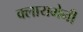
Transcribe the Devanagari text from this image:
क्लायमेनी